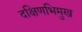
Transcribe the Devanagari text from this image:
दक्षिणभिमुख